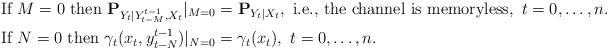
LaTeX: \begin{align*}&\mbox{If $M=0$ then}~{\bf P}_{Y_t|Y_{t-M}^{t-1},X_t}|_{M=0}={\bf P}_{Y_t|X_t},~\mbox{i.e., the channel is memoryless},~t=0,\ldots,n. \\&\mbox{If $N=0$ then}~{\gamma}_{t}(x_t,y^{t-1}_{t-N})|_{N=0}=\gamma_t(x_t),~t=0,\ldots,n. \end{align*}